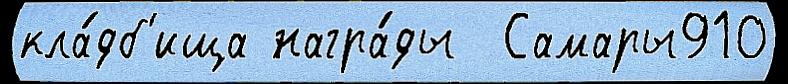
кла́дб'ища награ́ды  Самары910